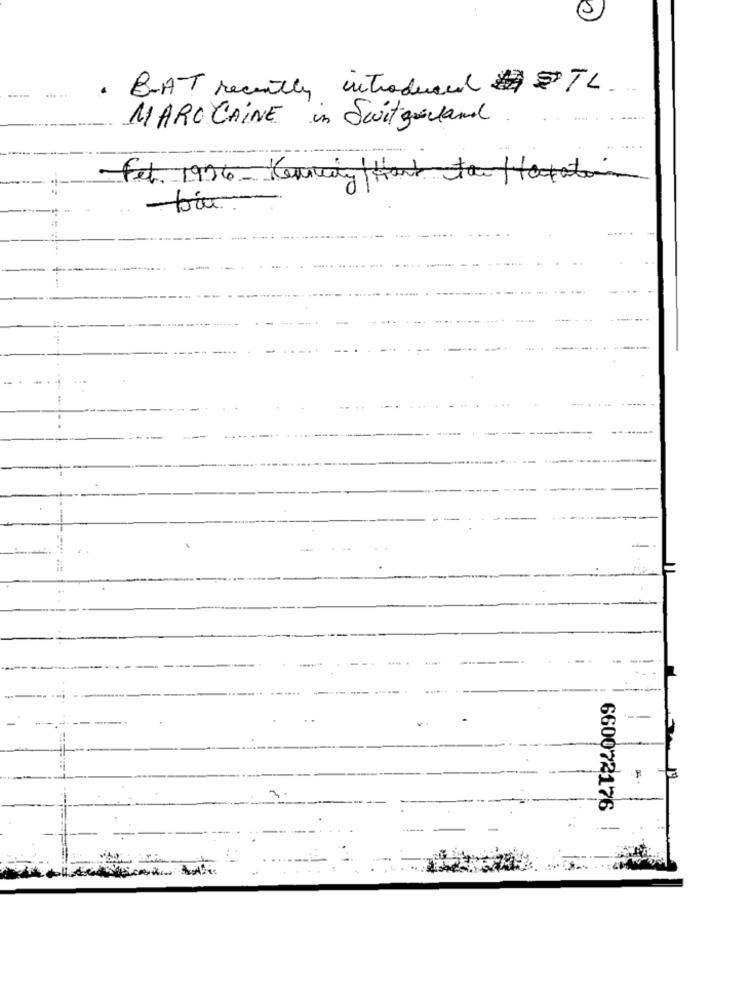
. BAT recently introduced STL.
MAROCAINE in Switzerland
Fet. 1996 - Kennedy / Hard to
Hayati
660072176